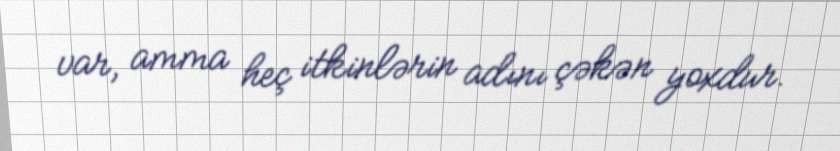
var, amma heç itkinlərin adını çəkən yoxdur.